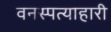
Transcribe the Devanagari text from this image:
वनस्पत्याहारी